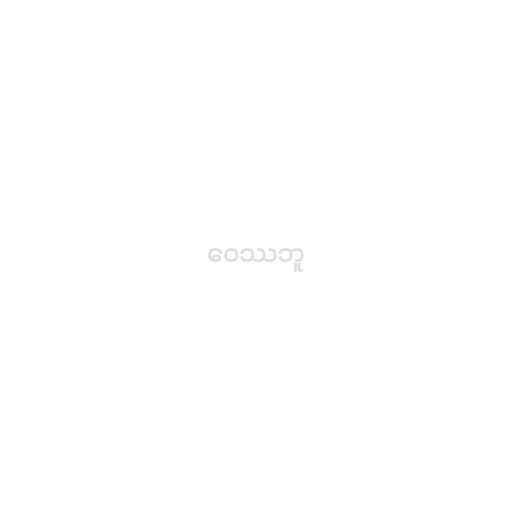
ဝေဿဘူ